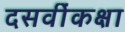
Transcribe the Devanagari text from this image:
दसवींकक्षा